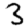
Digit: 3